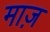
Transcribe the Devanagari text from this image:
माज़